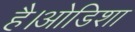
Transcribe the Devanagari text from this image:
है।ओडिशा